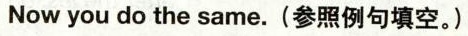
Now you do the same.(参照例句填空。)